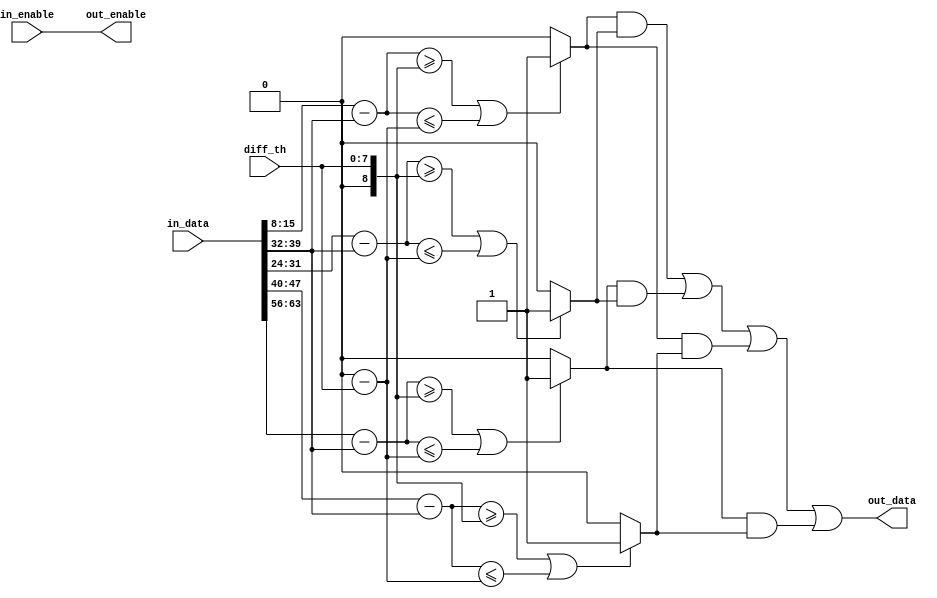
`timescale 1ns / 1ps
//////////////////////////////////////////////////////////////////////////////////
// Company: None
// 
// Design Name: Harris
// Module Name: Harris
// Project Name: Image processing project
// Target Devices: 
// Tool Versions: 
// Description: 
// 
// Dependencies: 
// 
// Revision:
// Revision 0.01 - File Created
// Additional Comments:
// 
//////////////////////////////////////////////////////////////////////////////////


module Harris(diff_th, in_enable, in_data, out_enable, out_data);

	parameter color_width = 8;

	input[color_width - 1 : 0] diff_th;
	input in_enable;
	input[color_width * 9 - 1 : 0] in_data;
	output out_data;
	output out_enable;

	//top:2nd; left:4th; right:6th; bottom:8th; now:5th;
	wire signed [color_width : 0] top = {1'b0, in_data[2 * color_width - 1 : 1 * color_width]};
	wire signed [color_width : 0] left = {1'b0, in_data[4 * color_width - 1 : 3 * color_width]};
	wire signed [color_width : 0] right = {1'b0, in_data[6 * color_width - 1 : 5 * color_width]};
	wire signed [color_width : 0] bottom = {1'b0, in_data[8 * color_width - 1 : 7 * color_width]};
	wire signed [color_width : 0] now = {1'b0, in_data[5 * color_width - 1 : 4 * color_width]};

	wire signed [color_width : 0] diff_top = top - now;
	wire signed [color_width : 0] diff_left = left - now;
	wire signed [color_width : 0] diff_right = right - now;
	wire signed [color_width : 0] diff_bottom = bottom - now;

	wire signed [color_width : 0] diff_th_p = {1'b0, diff_th};
	wire signed [color_width : 0] diff_th_n = 0 - diff_th;

	wire en_top = (diff_top >= diff_th_p) || (diff_top <= diff_th_n) ? 1 : 0;
	wire en_left = (diff_left >= diff_th_p) || (diff_left <= diff_th_n) ? 1 : 0;
	wire en_right = (diff_right >= diff_th_p) || (diff_right <= diff_th_n) ? 1 : 0;
	wire en_bottom = (diff_bottom >= diff_th_p) || (diff_bottom <= diff_th_n) ? 1 : 0;

	assign out_data = (en_top & en_left) | (en_bottom & en_left) | (en_top & en_right) | (en_bottom & en_right);
	assign out_enable = in_enable;

endmodule